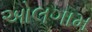
ઓલગામ